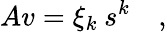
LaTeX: Av=\xi_{k}\: s^{k}\quad,